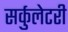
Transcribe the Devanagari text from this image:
सर्कुलेटरी